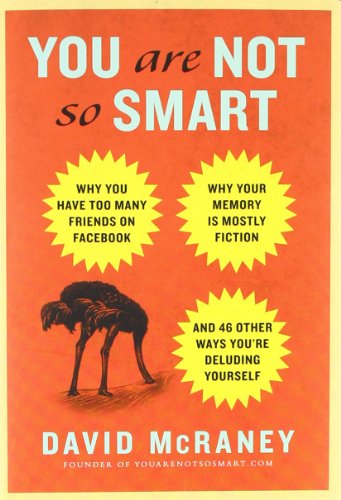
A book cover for You Are Not So Smart: Why You Have Too Many Friends on Facebook, Why Your Memory Is Mostly Fiction, an d 46 Other Ways You're Deluding Yourself; David McRaney; Humor & Entertainment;